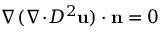
\nabla ( \nabla \! \cdot \! D ^ { 2 } \mathbf { u } ) \cdot \mathbf { n } = 0